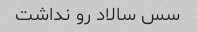
سس سالاد رو نداشت